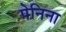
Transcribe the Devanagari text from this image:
पेनिना